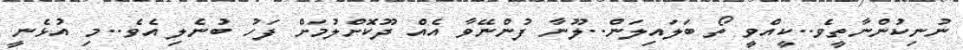
ނުނިކުންނާތީވެ..ކީއްވީ ތޯ ބަލައިލަން..ލޫނާ ފުންނޭވާ އެއް ދޫކޮށްލުމަށް ފަހު ބުނެލި އެވެ..މި އުޅެނީ